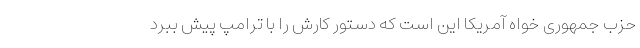
حزب جمهوری خواه آمریکا این است که دستور کارش را با ترامپ پیش ببرد